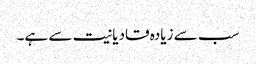
سب سے زیادہ قادیانیت سے ہے۔